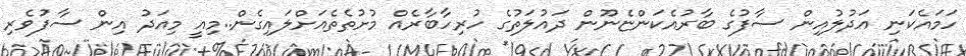
ހަމައެކަނި އަދުލުއިން ސާފުގެ ބާރުއެކަންޏެނޫން ދައުލަތުގެ ހުރިހާބާރެއް މުށުތެތެއަށްލައިގެން..މިއީ މިއަދު އިން ސާފުވެރި